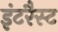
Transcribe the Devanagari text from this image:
इंटरैस्ट